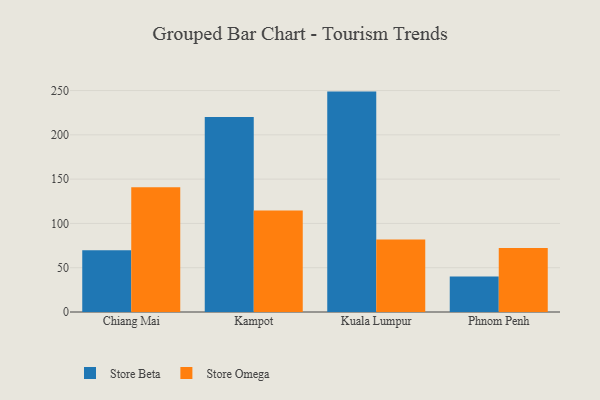
{"axis": {"x": "City", "y": "Latency (ms)"}, "legend": ["Store Beta", "Store Omega"], "data": [{"x": "Chiang Mai", "y": 69.7, "type": "Store Beta"}, {"x": "Chiang Mai", "y": 140.9, "type": "Store Omega"}, {"x": "Kampot", "y": 220.2, "type": "Store Beta"}, {"x": "Kampot", "y": 114.6, "type": "Store Omega"}, {"x": "Kuala Lumpur", "y": 248.8, "type": "Store Beta"}, {"x": "Kuala Lumpur", "y": 81.8, "type": "Store Omega"}, {"x": "Phnom Penh", "y": 40.0, "type": "Store Beta"}, {"x": "Phnom Penh", "y": 72.2, "type": "Store Omega"}]}